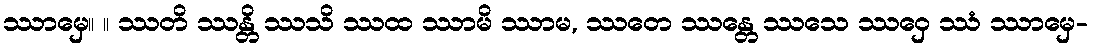
ဿာမှေ။ ။ ဿတိ ဿန္တိ ဿသိ ဿထ ဿာမိ ဿာမ, ဿတေ ဿန္တေ ဿသေ ဿဝှေ ဿံ ဿာမှေ-